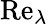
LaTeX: \mathrm{Re}_{\lambda}